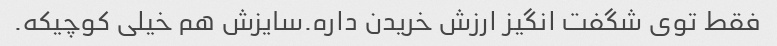
فقط توی شگفت انگیز ارزش خریدن داره.سایزش هم خیلی کوچیکه.